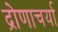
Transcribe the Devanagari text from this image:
द्रोणाचर्या